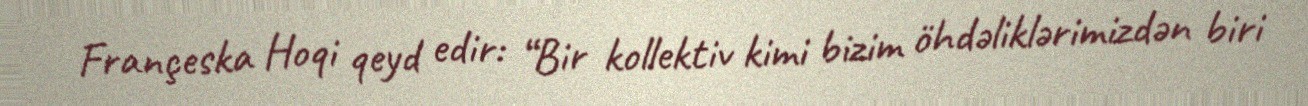
Françeska Hoqi qeyd edir: “Bir kollektiv kimi bizim öhdəliklərimizdən biri